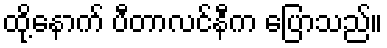
ထို့နောက် ပီတာလင်နီက ပြောသည်။